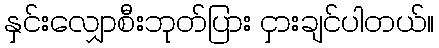
နှင်းလျှောစီးဘုတ်ပြား ငှားချင်ပါတယ်။